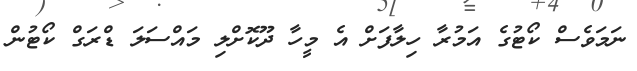
ނަމަވެސް ކޯޓުގެ އަމުރާ ހިލާފަށް އެ މީހާ ދޫކޮށްލި މައްސަލަ ޑްރަގް ކޯޓުން